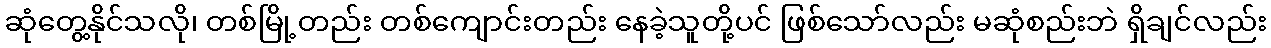
ဆုံတွေ့နိုင်သလို၊ တစ်မြို့တည်း တစ်ကျောင်းတည်း နေခဲ့သူတို့ပင် ဖြစ်သော်လည်း မဆုံစည်းဘဲ ရှိချင်လည်း